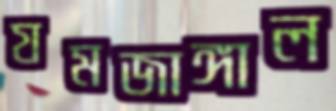
যমজাঙ্গাল